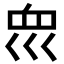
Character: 𡿻